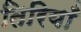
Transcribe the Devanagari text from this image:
तिरियाँ